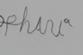
Signature authenticity: forged